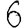
Digit: 6